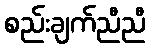
စည်းချက်ညီညီ